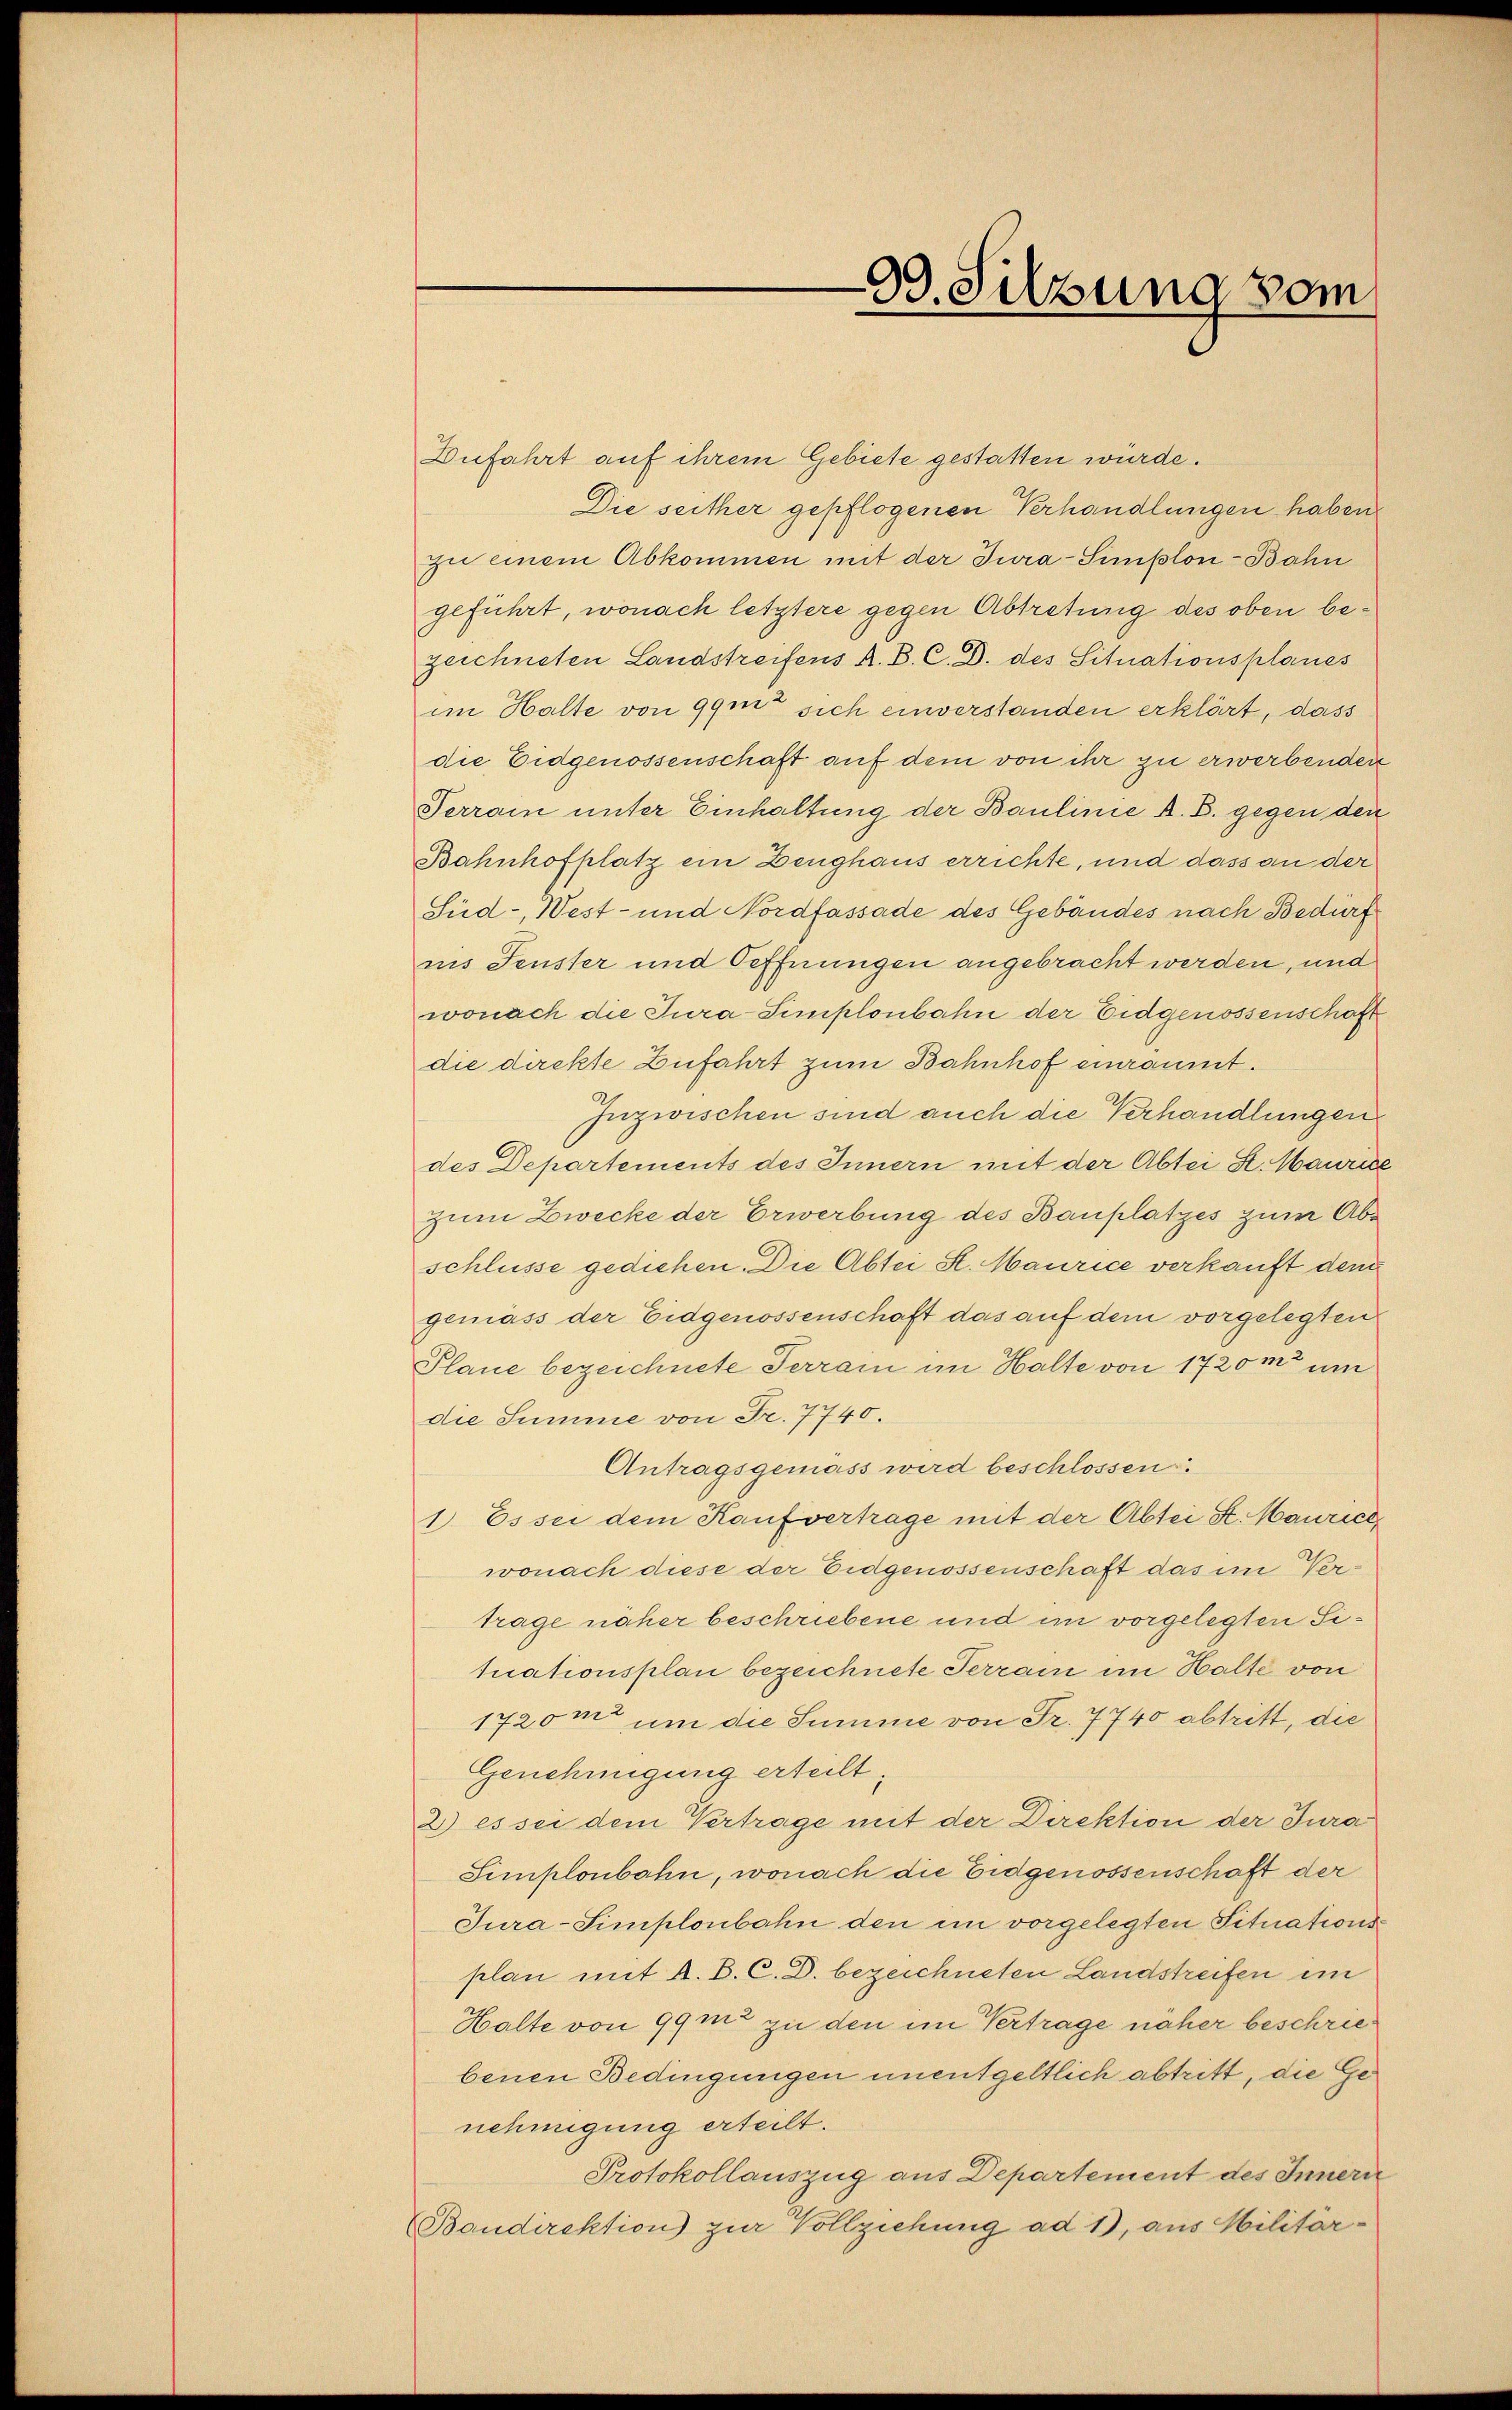
Dufahrt auf ihrem Gebiete gestatten würde.
Die seither gepflogenen Verhandlungen haben.
zu einem Abkommen mit der Jura-Simplon - Bahn
geführt, wonach letztere gegen Abtretung des oben bezeichneten Landstreifens A. B. C. D. des Situationsplanes
im Halte von 99m sich einverstanden erklärt, dass
die Eidgenossenschaft auf dem von ihr zu erwerbender
Terrain unter Einhaltung der Baulinie A. B. gegen den
Bahnhofplatz ein Zeughaus errichte, und dass an der
Süd-, West- und Nordfassade des Gebäudes nach Bedürf
nis Fenster und Oeffnungen angebracht werden, und
wonach die Jura-Simplonbahn der Eidgenossenschaft
die direkte Zufahrt zum Bahnhof einräumt.
Inzwischen sind auch die Verhandlungen
des Departements des Innern mit der Abtei St. Maurie
Zum Zwecke der Erwerbung des Bauplatzes zum Abschlüsse gediehen. Die Abtei St. Maurice verkauft dem
gemäss der Eidgenossenschaft das auf dem vorgelegten
Plane bezeichnete Terrain im Halte von 1720m um
die Summe von Fr. 7740.
Antragsgemäss wird beschlossen:
1. Es sei dem Kaufvertrage mit der Abtei St. Maurich,
wonach diese der Eidgenossenschaft das im Vertrage näher beschriebene und im vorgelegten Situationsplan bezeichnete Terrain im Halte von
1720m um die Summe von Fr. 7740 abtritt, die
Genehmigung erteilt;
2) es sei dem Vertrage mit der Direktion der Jura
Simploubahn, wonach die Eidgenossenschaft der
Jura-Simplonbahn den im vorgelegten Situations
plan mit A. B. C. D. bezeichneten Landstreifen im
Halte von 99m zu den im Vertrage näher beschriebenen Bedingungen unentgeltlich abtritt, die Genehmigung erteilt.
Protokollauszug aus Departement des Innern
Baudirektion zur Vollziehung ad 1, aus Militar¬

99. Sitzung vom